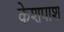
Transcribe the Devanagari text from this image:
केशपाश